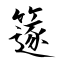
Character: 篴